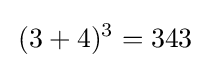
\,(3+4)^{3}=343